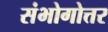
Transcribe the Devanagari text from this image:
संभोगोत्तर